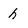
Character: h